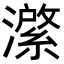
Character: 𭳆